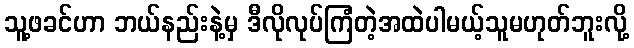
သူ့ဖခင်ဟာ ဘယ်နည်းနဲ့မှ ဒီလိုလုပ်ကြံတဲ့အထဲပါမယ့်သူမဟုတ်ဘူးလို့